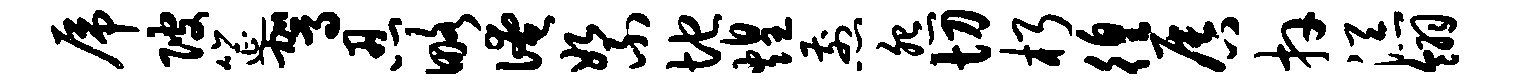
虎陂筵驾忍略淹絮地煌煎怨切朽徨唇卉添翎